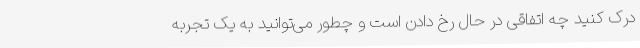
درک کنید چه اتفاقی در حال رخ دادن است و چطور می‌توانید به یک تجربه